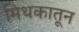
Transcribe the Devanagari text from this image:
मिथकातून